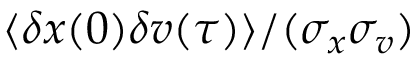
\langle \delta x ( 0 ) \delta v ( \tau ) \rangle / ( \sigma _ { x } \sigma _ { v } )